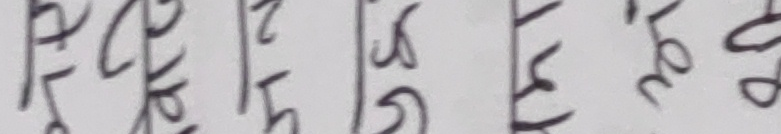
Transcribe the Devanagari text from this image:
हर हर